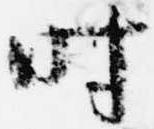
時